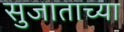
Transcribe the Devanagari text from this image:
सुजाताच्या